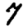
Digit: 7